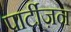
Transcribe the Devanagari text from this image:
पार्टीज़न